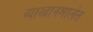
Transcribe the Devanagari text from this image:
व्याखानमालेत